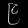
Digit: ၉